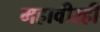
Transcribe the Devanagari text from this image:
महावीरही